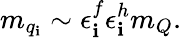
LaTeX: m_{q_{\mathbf{i}}}\sim\epsilon_{\mathbf{i}}^{f}\epsilon_{\mathbf{i}}^{h}m_{Q}.